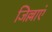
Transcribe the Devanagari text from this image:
जिल्लाएं